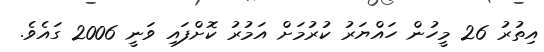
އިތުރު 26 މީހުން ހައްޔަރު ކުރުމަށް އަމުރު ކޮށްފައި ވަނީ 2006 ގައެވެ.